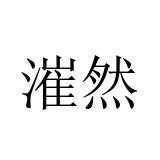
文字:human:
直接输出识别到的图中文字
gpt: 漼然